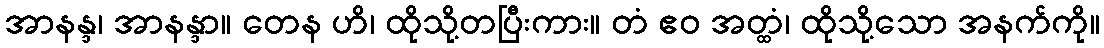
အာနန္ဒ၊ အာနန္ဒာ။ တေန ဟိ၊ ထိုသို့တပြီးကား။ တံ ဧဝ အတ္ထံ၊ ထိုသို့သော အနက်ကို။